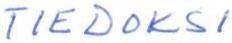
TIEDOKSI